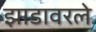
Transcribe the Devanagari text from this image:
झाडावरले